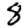
Digit: 8